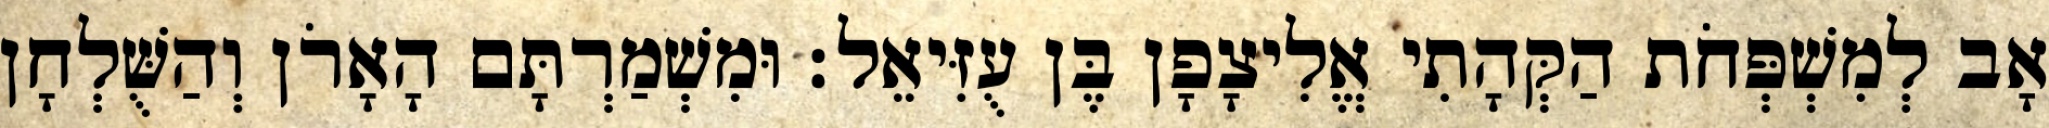
אָב לְמִשְׁפְּחֹת הַקְּהָתִי אֱלִיצָפָן בֶּן עֻזִּיאֵל׃ וּמִשְׁמַרְתָּם הָאָרֹן וְהַשֻּׁלְחָן